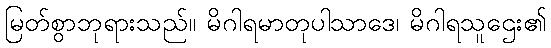
မြတ်စွာဘုရားသည်။ မိဂါရမာတုပါသာဒေ၊ မိဂါရသူဌေး၏